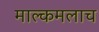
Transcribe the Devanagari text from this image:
माल्कमलाच